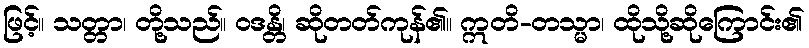
ဖြင့်။ သတ္တာ၊ တို့သည်။ ဝဒန္တိ၊ ဆိုတတ်ကုန်၏။ ဣတိ-တသ္မာ၊ ထိုသို့ဆိုကြောင်း၏